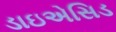
ડાઇએસિડ